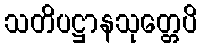
သတိပဋ္ဌာနသုတ္တေပိ